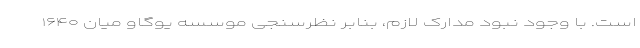
است. با وجود نبود مدارک لازم، بنابر نظرسنجی موسسه یو‌گاو میان ۱۶۴۰